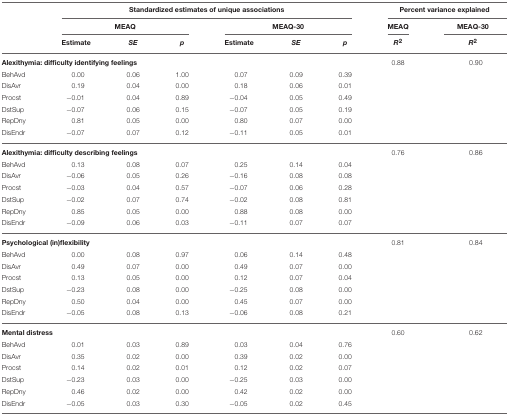
<table><thead><tr><td></td><td colspan="6"><b>Standardized estimates of unique associations</b></td><td colspan="2"><b>Percent variance explained</b></td></tr><tr><td></td><td colspan="3"><b>MEAQ</b></td><td colspan="3"><b>MEAQ-30</b></td><td><b>MEAQ</b></td><td><b>MEAQ-30</b></td></tr><tr><td></td><td><b>Estimate</b></td><td><b><i>SE</i></b></td><td><b><i>p</i></b></td><td><b>Estimate</b></td><td><b><i>SE</i></b></td><td><b><i>p</i></b></td><td><b><i>R<sup>2</sup></i></b></td><td><b><i>R<sup>2</sup></i></b></td></tr></thead><tbody><tr><td colspan="7"><b>Alexithymia: difficulty identifying feelings</b></td><td>0.88</td><td>0.90</td></tr><tr><td>BehAvd</td><td>0.00</td><td>0.06</td><td>1.00</td><td>0.07</td><td>0.09</td><td>0.39</td><td></td><td></td></tr><tr><td>DisAvr</td><td>0.19</td><td>0.04</td><td>0.00</td><td>0.18</td><td>0.06</td><td>0.01</td><td></td><td></td></tr><tr><td>Procst</td><td>−0.01</td><td>0.04</td><td>0.89</td><td>−0.04</td><td>0.05</td><td>0.49</td><td></td><td></td></tr><tr><td>DstSup</td><td>−0.07</td><td>0.06</td><td>0.15</td><td>−0.07</td><td>0.05</td><td>0.19</td><td></td><td></td></tr><tr><td>RepDny</td><td>0.81</td><td>0.05</td><td>0.00</td><td>0.80</td><td>0.07</td><td>0.00</td><td></td><td></td></tr><tr><td>DisEndr</td><td>−0.07</td><td>0.07</td><td>0.12</td><td>−0.11</td><td>0.05</td><td>0.01</td><td></td><td></td></tr><tr><td colspan="7"><b>Alexithymia: difficulty describing feelings</b></td><td>0.76</td><td>0.86</td></tr><tr><td>BehAvd</td><td>0.13</td><td>0.08</td><td>0.07</td><td>0.25</td><td>0.14</td><td>0.04</td><td></td><td></td></tr><tr><td>DisAvr</td><td>−0.06</td><td>0.05</td><td>0.26</td><td>−0.16</td><td>0.08</td><td>0.08</td><td></td><td></td></tr><tr><td>Procst</td><td>−0.03</td><td>0.04</td><td>0.57</td><td>−0.07</td><td>0.06</td><td>0.28</td><td></td><td></td></tr><tr><td>DstSup</td><td>−0.02</td><td>0.07</td><td>0.74</td><td>−0.02</td><td>0.08</td><td>0.81</td><td></td><td></td></tr><tr><td>RepDny</td><td>0.85</td><td>0.05</td><td>0.00</td><td>0.88</td><td>0.08</td><td>0.00</td><td></td><td></td></tr><tr><td>DisEndr</td><td>−0.09</td><td>0.06</td><td>0.03</td><td>−0.11</td><td>0.07</td><td>0.07</td><td></td><td></td></tr><tr><td colspan="7"><b>Psychological (in)flexibility</b></td><td>0.81</td><td>0.84</td></tr><tr><td>BehAvd</td><td>0.00</td><td>0.08</td><td>0.97</td><td>0.06</td><td>0.14</td><td>0.48</td><td></td><td></td></tr><tr><td>DisAvr</td><td>0.49</td><td>0.07</td><td>0.00</td><td>0.49</td><td>0.07</td><td>0.00</td><td></td><td></td></tr><tr><td>Procst</td><td>0.13</td><td>0.05</td><td>0.00</td><td>0.12</td><td>0.07</td><td>0.04</td><td></td><td></td></tr><tr><td>DstSup</td><td>−0.23</td><td>0.08</td><td>0.00</td><td>−0.25</td><td>0.08</td><td>0.00</td><td></td><td></td></tr><tr><td>RepDny</td><td>0.50</td><td>0.04</td><td>0.00</td><td>0.45</td><td>0.07</td><td>0.00</td><td></td><td></td></tr><tr><td>DisEndr</td><td>−0.05</td><td>0.08</td><td>0.13</td><td>−0.06</td><td>0.08</td><td>0.21</td><td></td><td></td></tr><tr><td colspan="7"><b>Mental distress</b></td><td>0.60</td><td>0.62</td></tr><tr><td>BehAvd</td><td>0.01</td><td>0.03</td><td>0.89</td><td>0.03</td><td>0.04</td><td>0.76</td><td></td><td></td></tr><tr><td>DisAvr</td><td>0.35</td><td>0.02</td><td>0.00</td><td>0.39</td><td>0.02</td><td>0.00</td><td></td><td></td></tr><tr><td>Procst</td><td>0.14</td><td>0.02</td><td>0.01</td><td>0.12</td><td>0.02</td><td>0.07</td><td></td><td></td></tr><tr><td>DstSup</td><td>−0.23</td><td>0.03</td><td>0.00</td><td>−0.25</td><td>0.03</td><td>0.00</td><td></td><td></td></tr><tr><td>RepDny</td><td>0.46</td><td>0.02</td><td>0.00</td><td>0.42</td><td>0.02</td><td>0.00</td><td></td><td></td></tr><tr><td>DisEndr</td><td>−0.05</td><td>0.03</td><td>0.30</td><td>−0.05</td><td>0.02</td><td>0.45</td><td></td><td></td></tr></tbody></table>